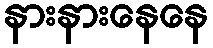
နားနားနေနေ